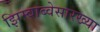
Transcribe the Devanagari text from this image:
झिम्बाब्वेसारख्या